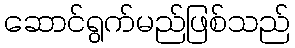
ဆောင်ရွက်မည်ဖြစ်သည်